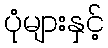
ပုံများနှင့်